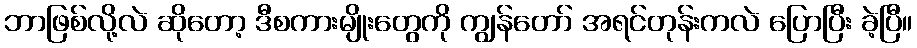
ဘာဖြစ်လို့လဲ ဆိုတော့ ဒီစကားမျိုးတွေကို ကျွန်တော် အရင်တုန်းကလဲ ပြောပြီး ခဲ့ပြီ။